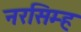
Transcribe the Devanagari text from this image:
नरसिम्ह